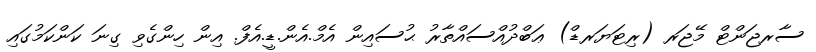
ސާރޖަންޓް މޭޖަރ (ރިޓަޔަރޑް) ޢަބްދުއްސައްތާރު ޙުސައިން އެމް.އެން.ޑީ.އެފް. އިން ހިންގެވި ގިނަ ކަންކަމުގައި